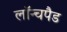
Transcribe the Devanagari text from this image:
लॉन्चपैड